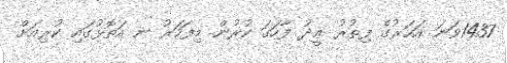
1437ވަނަ އަހަރުގެ ފިޠުރު ޢީދު ފާހަގަ ކުރުން މިފަހަރު ނ އަތޮޅުގައި ކުރިއަށް